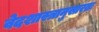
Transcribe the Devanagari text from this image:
वेदशास्त्रानुसारतः